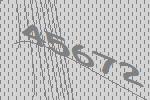
45672